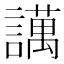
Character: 䜕